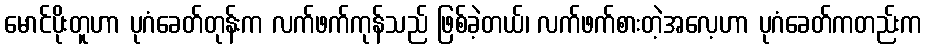
မောင်ပိုးတူဟာ ပုဂံခေတ်တုန်းက လက်ဖက်ကုန်သည် ဖြစ်ခဲ့တယ်၊ လက်ဖက်စားတဲ့အလေ့ဟာ ပုဂံခေတ်ကတည်းက